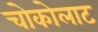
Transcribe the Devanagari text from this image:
चोकोलाट